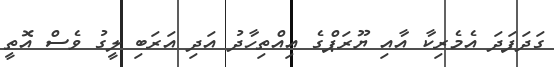
ގަދަފަދަ އެމެރިކާ އާއި ޔޫރަޕްގެ އިއްތިހާދު އަދި އަރަބި ލީގު ވެސް އޮތީ